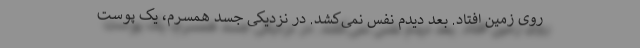
روی زمین افتاد. بعد دیدم نفس نمی‌کشد. در نزدیکی جسد همسرم، یک پوست